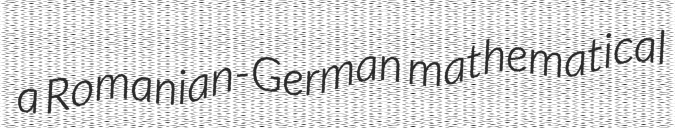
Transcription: a Romanian-German mathematical